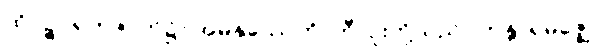
ထိုပဉ္စဂရုကဇာတ်၌။ အမနုဿေဟိ၊ ဘီလူးတို့သည်။ ကန္တာရမဇ္ဈေ၊